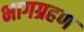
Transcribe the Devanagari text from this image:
भागग्रहण